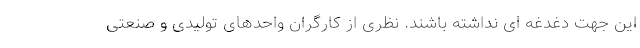
این جهت دغدغه ای نداشته باشند. نظری از کارگران واحدهای تولیدی و صنعتی